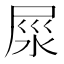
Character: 𡱴